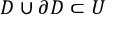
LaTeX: D \cup \partial D \subset U